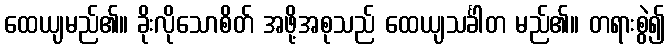
ထေယျမည်၏။ ခိုးလိုသောစိတ် အဖို့အစုသည် ထေယျသင်္ခါတ မည်၏။ တရားစွဲ၍